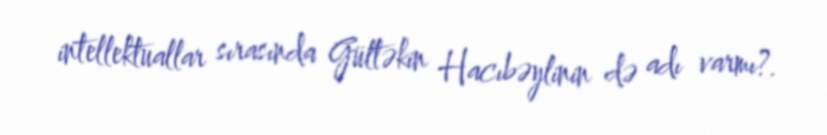
intellektuallar sırasında Gültəkin Hacıbəylinin də adı varmı?.